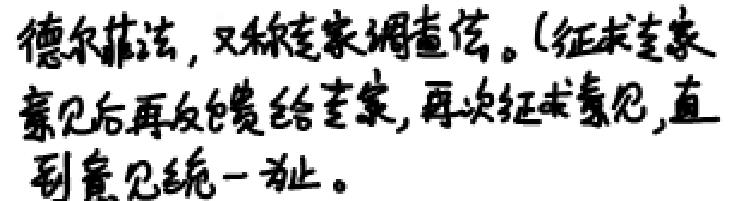
德尔菲法，又称专家调查法。(征求专家意见后再反馈给专家，再次征求意见，直到意见统一为止。)